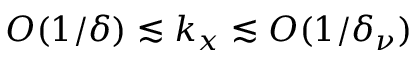
O ( 1 / \delta ) \lesssim k _ { x } \lesssim O ( 1 / \delta _ { \nu } )